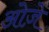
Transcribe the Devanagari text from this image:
ओज़े